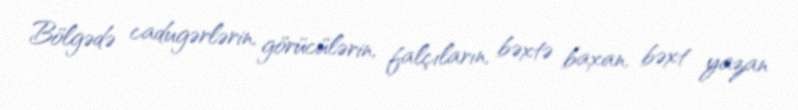
Bölgədə cadugərlərin, görücülərin, falçıların, bəxtə baxan, bəxt yazan